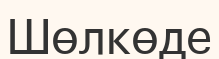
Шөлкөде